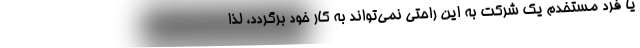
یا فرد مستخدم یک شرکت به این راحتی نمی‌تواند به کار خود برگردد، لذا